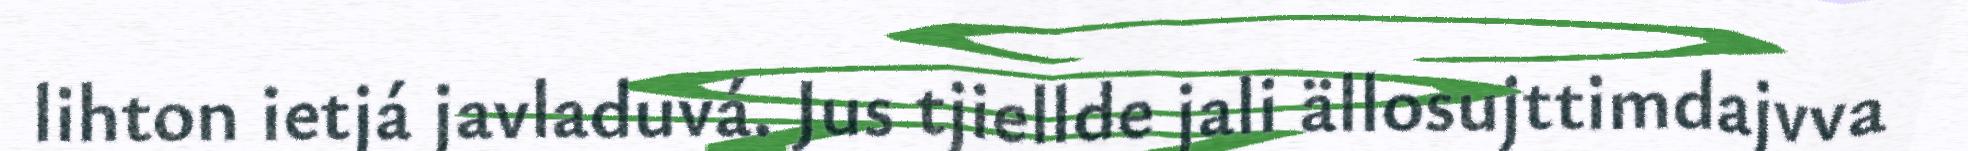
lihton ietjá javladuvá. Jus tjiellde jali ällosujttimdajvva